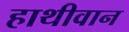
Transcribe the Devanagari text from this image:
हाथीवान